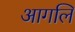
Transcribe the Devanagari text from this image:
आगलि